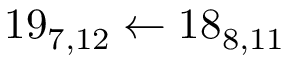
1 9 _ { 7 , 1 2 } \leftarrow 1 8 _ { 8 , 1 1 }